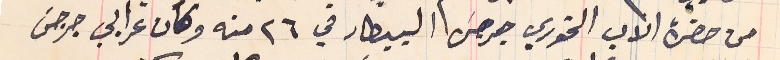
من حضرة الاب الخوري جرجسَ البيطار في ٢٦ منه وكان عرابي جرجسَ